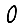
Digit: 0